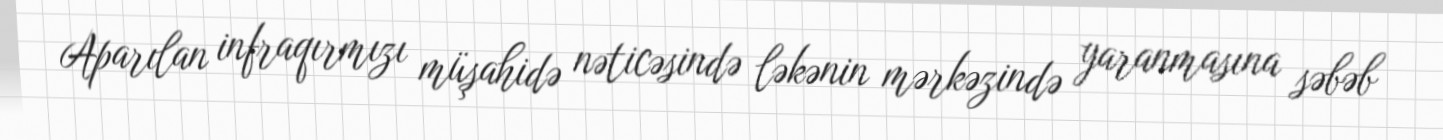
Aparılan infraqırmızı müşahidə nəticəsində ləkənin mərkəzində yaranmasına səbəb